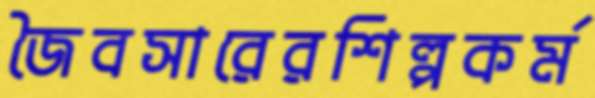
জৈবসারেরশিল্পকর্ম